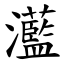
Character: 灆